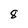
Character: 8